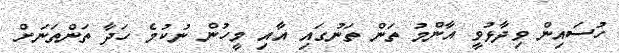
ހުސައިން ވިދާޅުވީ އާންމު ތަން ތަނުގައި އާއި މީހުން ނުކުމެ ހަދާ ތަންތަނަށް